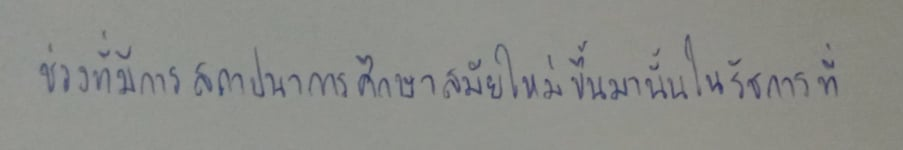
ช่วงที่มีการสถาปนาการศึกษาสมัยใหม่ขึ้นมานั้นในรัชการที่